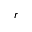
r